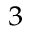
^ 3